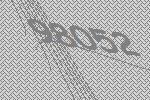
98052